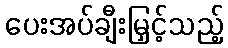
ပေးအပ်ချီးမြှင့်သည့်